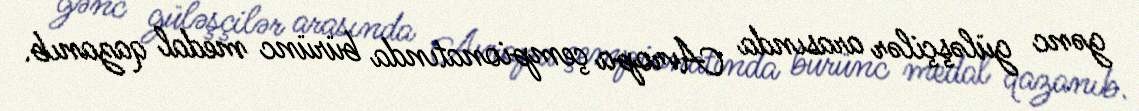
gənc güləşçilər arasında Avropa çempionatında bürünc medal qazanıb.